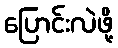
ပြောင်းလဲဖို့